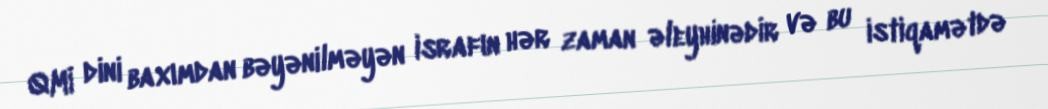
QMİ dini baxımdan bəyənilməyən israfın hər zaman əleyhinədir və bu istiqamətdə